Indian journal of veterinary science and animal husbandry - Volumes 22-23, 1952-1953
Year: 1952
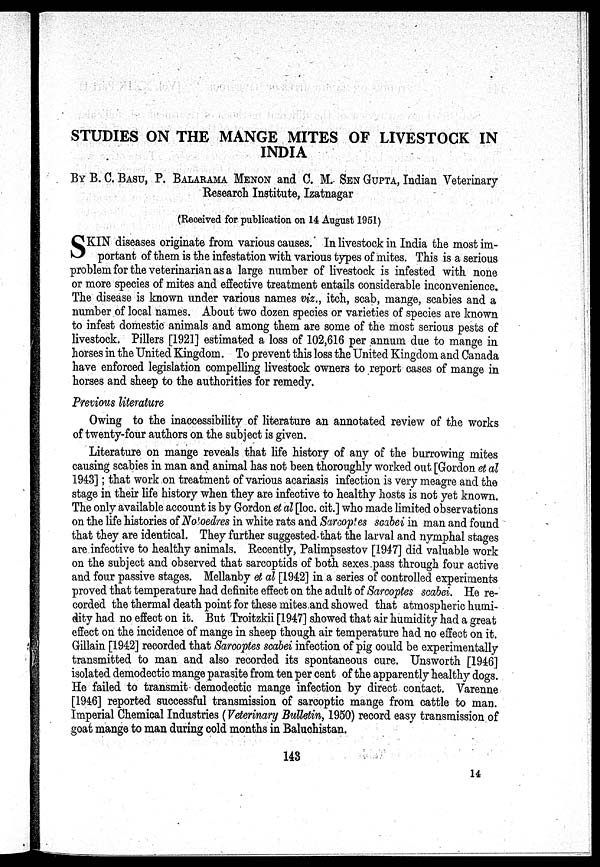
STUDIES ON THE MANGE MITES OF LIVESTOCK IN
INDIA
By B. C. BASU, P. BALARAMA MENON and C. M. SEN GUPTA, Indian Veterinary
Research Institute, Izatnagar
(Received for publication on 14 August 1951)
S KIN diseases originate from various causes. In livestock in India the most im-
portant of them is the infestation with various types of mites. This is a serious
problem for the veterinarian as a large number of livestock is infested with none
or more species of mites and effective treatment entails considerable inconvenience.
The disease is known under various names viz., itch, scab, mange, scabies and a
number of local names. About two dozen species or varieties of species are known
to infest domestic animals and among them are some of the most serious pests of
livestock. Pillers [1921] estimated a loss of 102,616 per annum due to mange in
horses in the United Kingdom. To prevent this loss the United Kingdom and Canada
have enforced legislation compelling livestock owners to report cases of mange in
horses and sheep to the authorities for remedy.
Previous literature
Owing to the inaccessibility of literature an annotated review of the works
of twenty-four authors on the subject is given.
Literature on mange reveals that life history of any of the burrowing mites
causing scabies in man and animal has not been thoroughly worked out [Gordon et al
1943]; that work on treatment of various acariasis infection is very meagre and the
stage in their life history when they are infective to healthy hosts is not yet known.
The only available account is by Gordon et al [loc. cit.] who made limited observations
on the life histories of Notoedres in white rats and Sarcoptes scabei in man and found
that they are identical. They further suggested. that the larval and nymphal stages
are infective to healthy animals. Recently, Palimpsestov [1947] did valuable work
on the subject and observed that sarcoptids of both sexes pass through four active
and four passive stages. Mellanby et al [1942] in a series of controlled experiments
proved that temperature had definite effect on the adult of Sarcoptes scabei. He re-
corded the thermal death point for these mites and showed that atmospheric humi-
dity had no effect on it. But Troitzkii [1947] showed that air humidity had a great
effect on the incidence of mange in sheep though air temperature had no effect on it.
Gillain [1942] recorded that Sarcoptes scabei infection of pig could be experimentally
transmitted to man and also recorded its spontaneous cure. Unsworth [1946]
isolated demodectic mange parasite from ten per cent of the apparently healthy dogs.
He failed to transmit demodectic mange infection by direct contact. Varenne
[1946] reported successful transmission of sarcoptic mange from cattle to man.
Imperial Chemical Industries (Veterinary Bulletin, 1950) record easy transmission of
goat mange to man during cold months in Baluchistan.
143
14